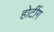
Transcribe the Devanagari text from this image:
होटींग